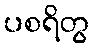
ပစရိတွ